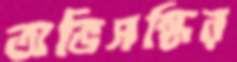
অভিসন্ধির